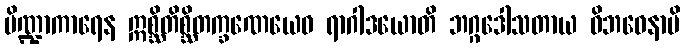
ပိဏ္ဍာကာရေန ဣစ္ဆိတိစ္ဆိတက္ခဏေယေဝ ရာဂါဒယောတိ ဘဂ္ဂဒေါသတာယ ဝိဘဝေနာပိ